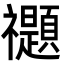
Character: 禵